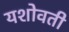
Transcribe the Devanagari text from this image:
यशोवती